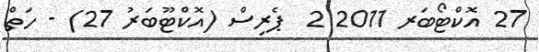
27 އޮކްޓޯބަރ 2011 2  ޕެރިސް (އޮކްޓޫބަރު 27) - ހަތް